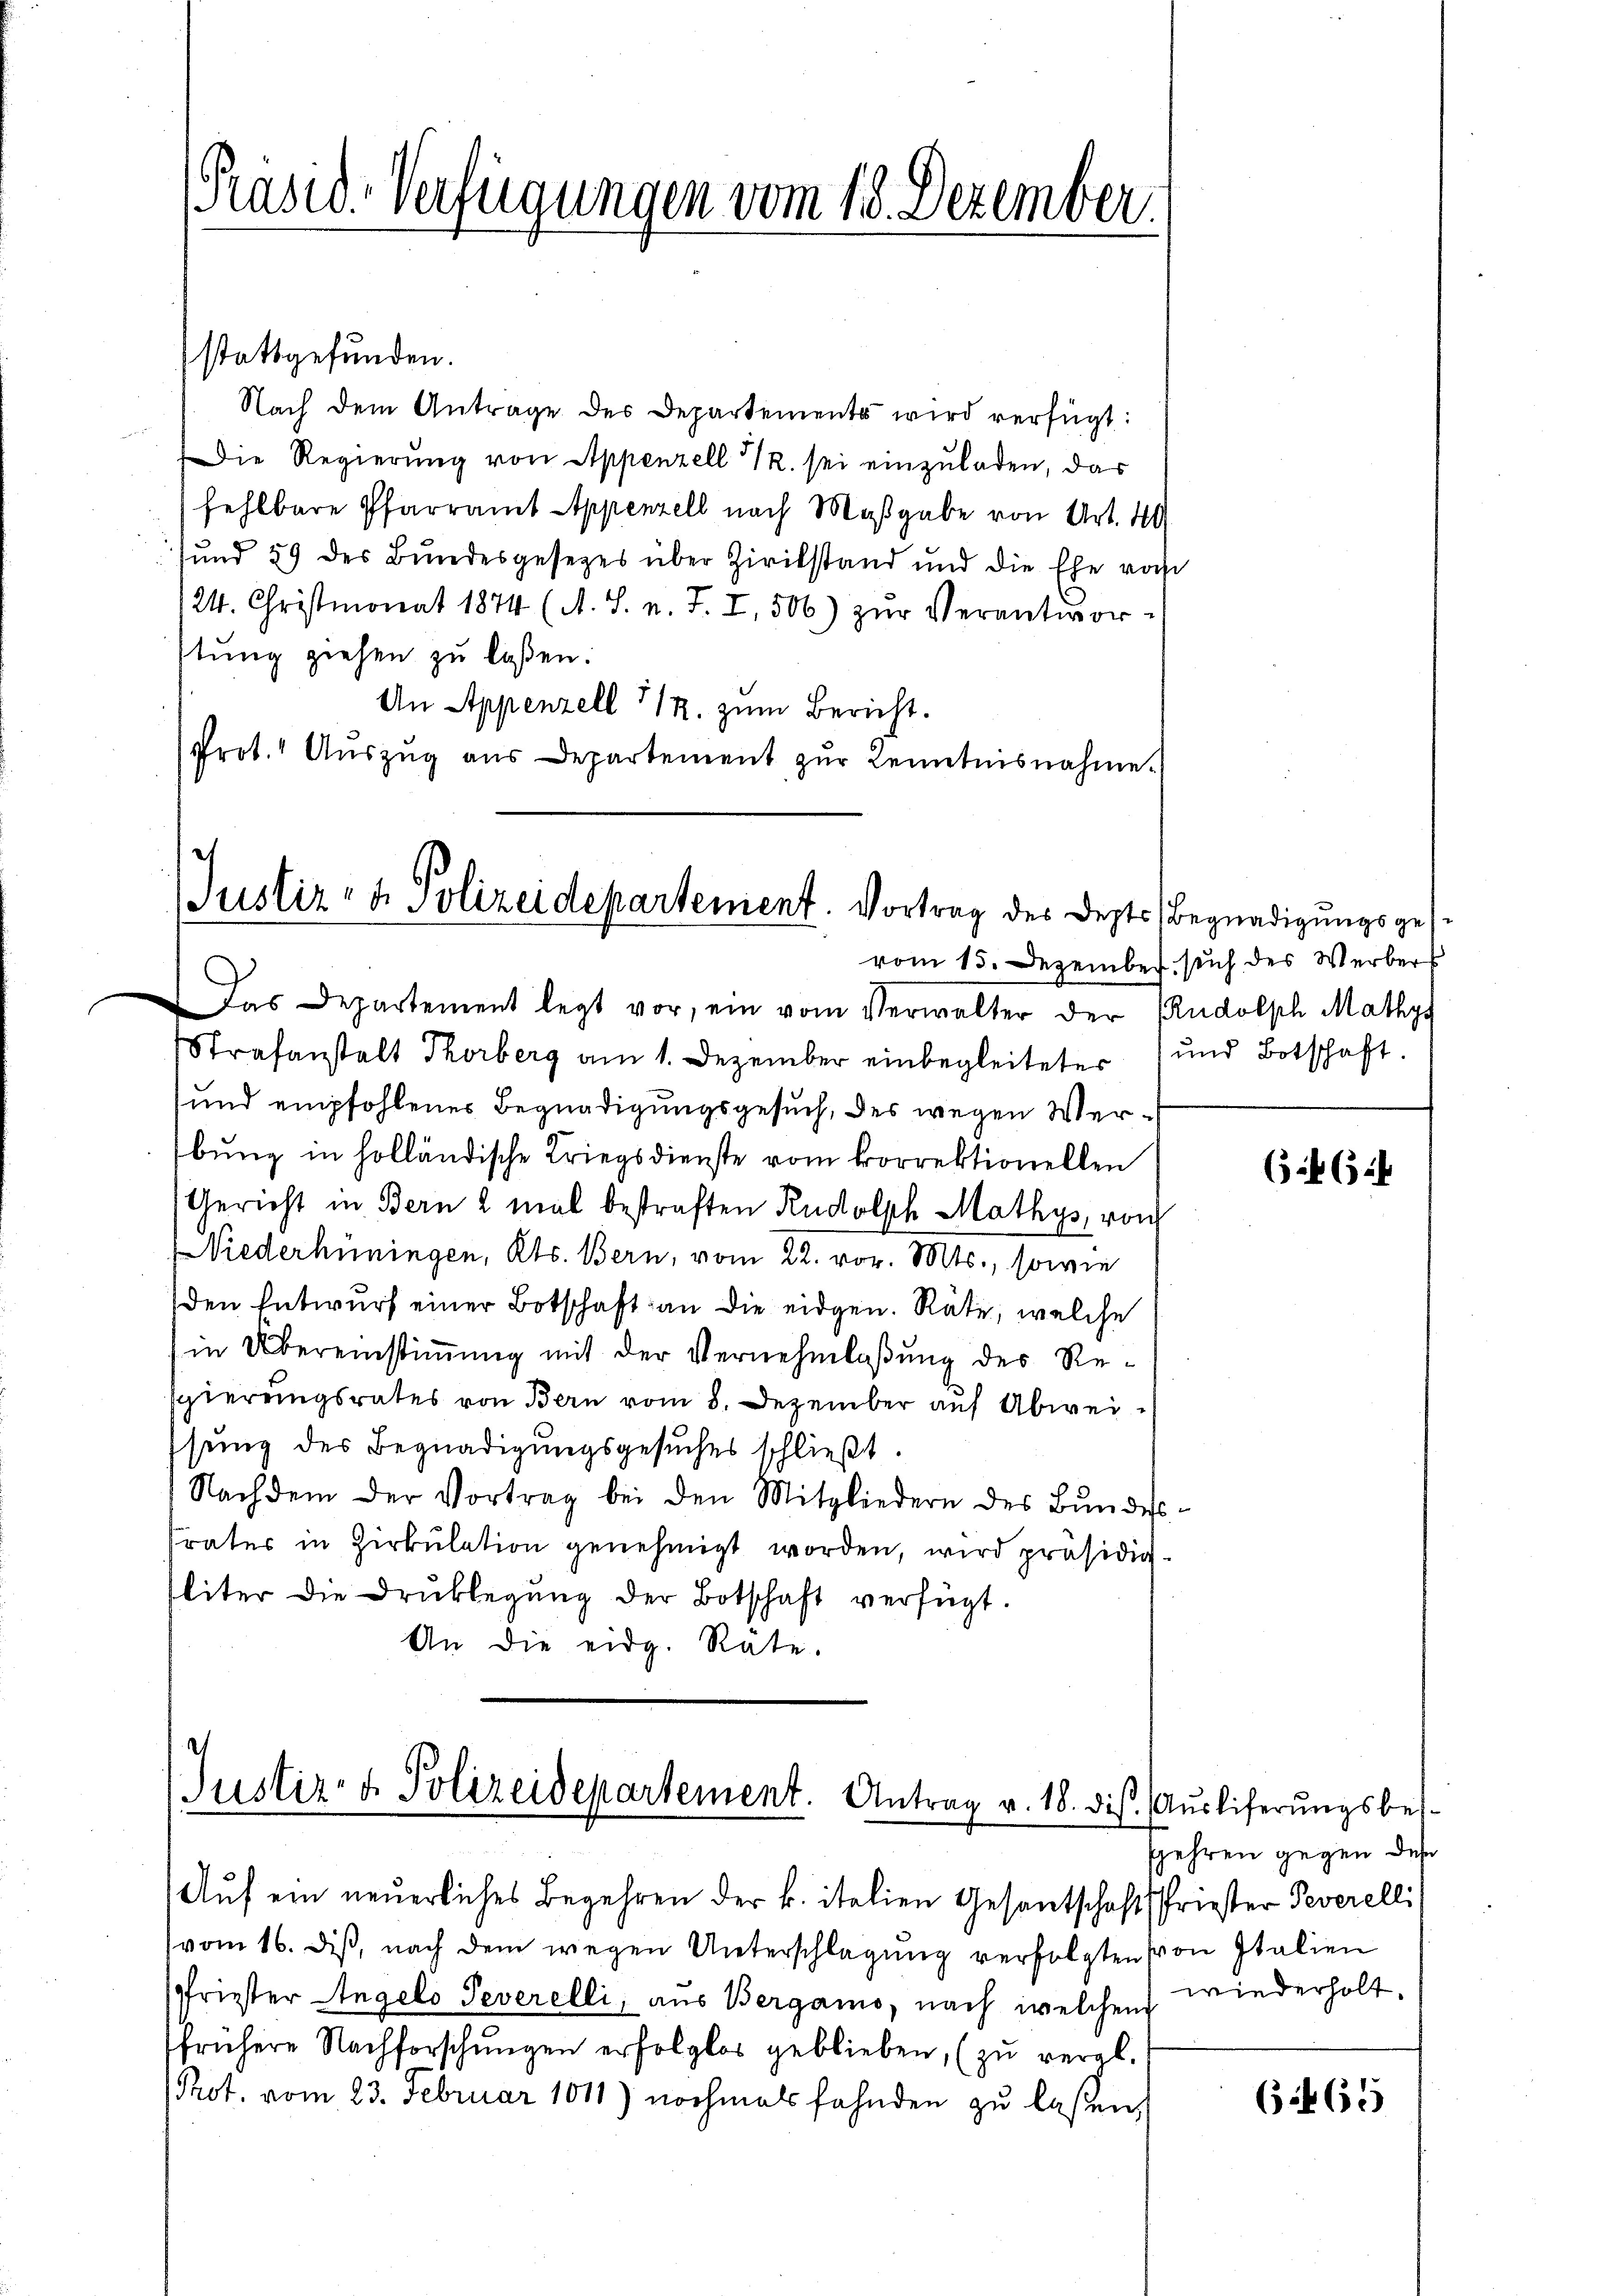
[Präsid. Verfügungen vom 18. Dezember.

stattgefunden.
Nach dem Antrage des Departements wird verfügt:
Die Regierung von Appenzell 1. sei einzuladen, das
fehlbare Pfarramt Appenzell nach Maβgabe von Art. 40
sund 59 des Bundesgesezes über Zivilstand und die Ehe vorh
24. Christmonat 1874 (A. S. v. J. I, 506) zŭr Verantwortung ziehen zu laßen:
An Appenzell 712. zum Bericht.
Prot. " Aŭszŭg aŭs Departement zŭr Kenntnisnahme.

Justiz- & Polizeidepartement. Vortrag des Depts Begnadigungsges¬

Das Departement legt vor, ein vom Verwalter der Rudolsch Mathys
Strafanstalt Thorberg am 1. Dezember einbegleiteter) und Botschaft
und empfohlenes Begnadigungsgesuch, des wegen Verbung in holländische Kriegsdienste vom korrektionellen
Gericht in Bern 2 mal bestraften Rudolph Mathys, von
NNiederhüningen, Kts. Bern, vom 22. vor. Mts., sowie
den Entwurf einer Botschaft an die eidgen. Räte, welche
(in Übereinstimmung mit der Vernehmlassung des Resgierungsrates von Bern vom 8. Dezember auf Abweissung des Begnadigungsgesuches schließt:
Nachdem der Vortrag bei den Mitgliedern des Bŭndes
Sraters in Zirkŭlation genehmigt worden, wird präsidig
sliter die Druklegŭng der Botschaft verfügt.
An die eidg. Rate.

Justiz- & Polizeidepartement. Antrag v. 18. dis. Auslieferungsbes¬

Auf ein neuerliches Begehren der k. italien Gesantschaft Priester Peverelli
vom 16. diβ, nach dem wegen Unterschlagung verfolgten von Italien
pfriester Angelo Peverelli, aus Bergamo, nach welchem
frühere Nachforschungen erfolglos geblieben, (zu vergl.
Prot. vom 23. Februar 1011) nochmals fahnden zu laßen,

vom 15. Dezember such des Werbers

(54 (124

fehren gegen des
wiederholt.

(1465